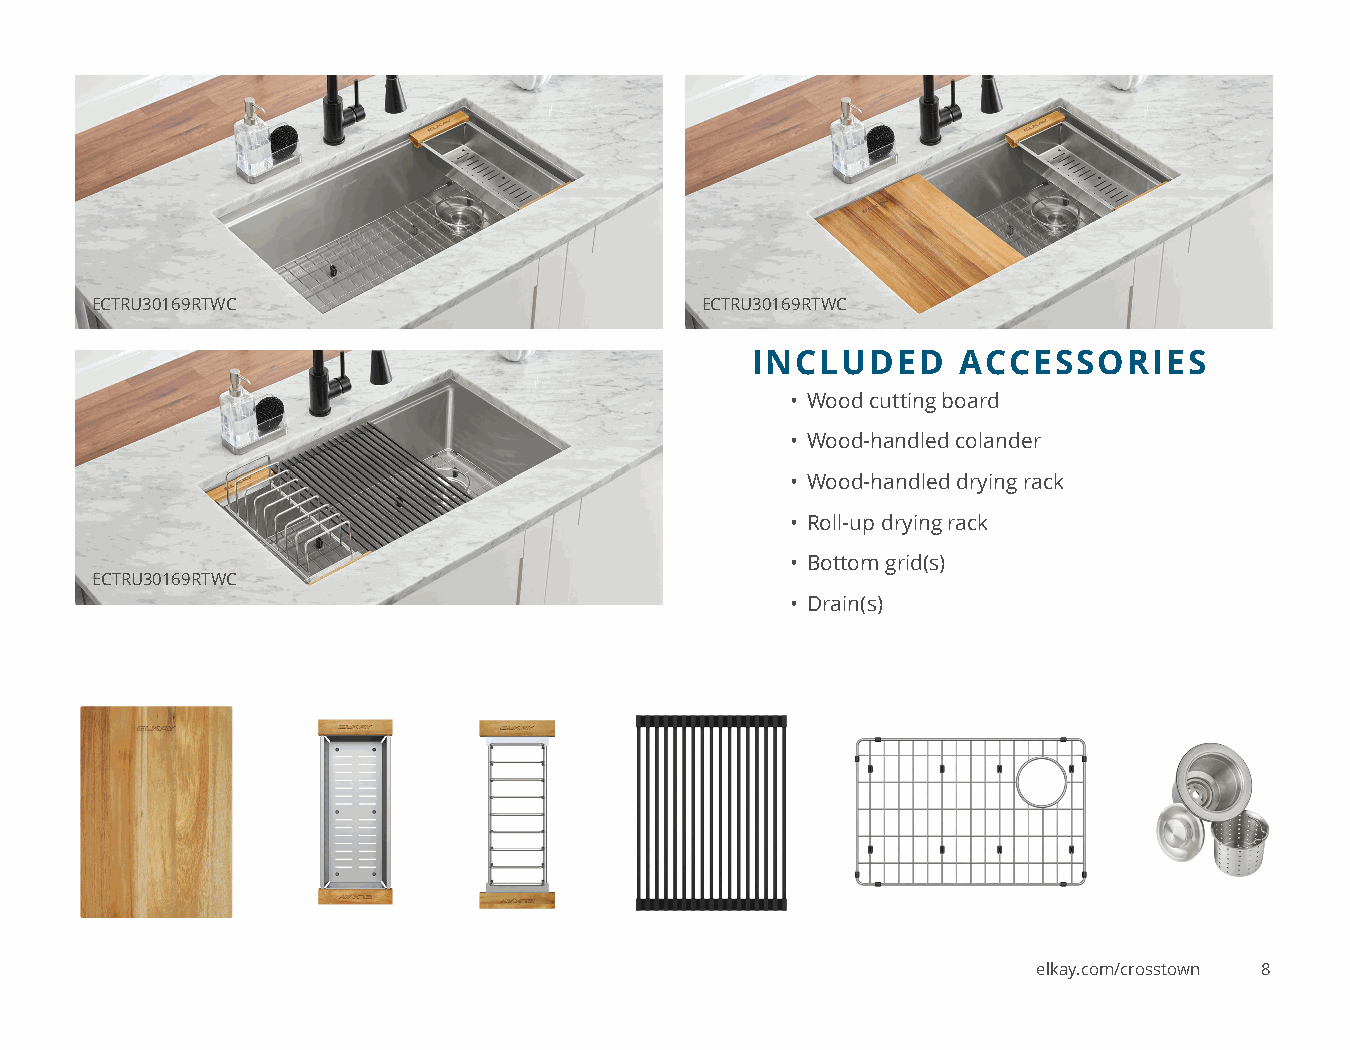
ECTRU30169RTWC                          ECTRU30169RTWC
 INCLUDED     ACCESSORIES
 • Wood cutting board
 • Wood-handled colander
 • Wood-handled drying rack
 • Roll-up drying rack
 • Bottom grid(s)
 ECTRU30169RTWC
 • Drain(s)
 elkay.com/crosstown 8